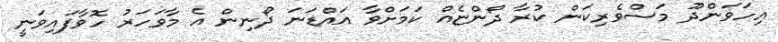
އިހަވަންދޫ މަސްވެރިކަން ކުރާ ދޯންޏެއް ކަމަށްވާ އައްޑަނަ ދޯނިން އެ މާވަހަރު ހޮވާފައިވަނީ